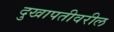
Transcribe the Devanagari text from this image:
दुखापतीवरील